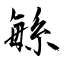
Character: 緐